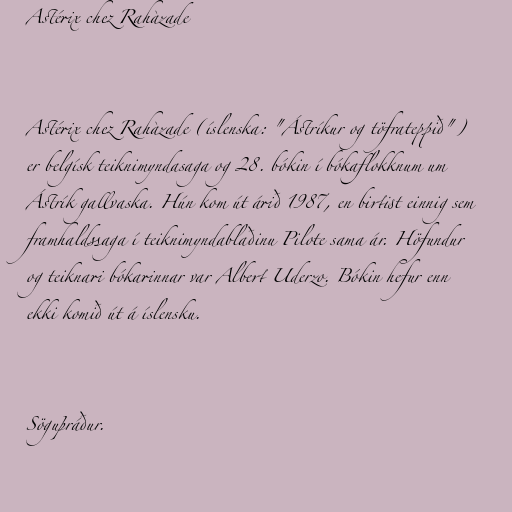
Astérix chez Rahàzade

Astérix chez Rahàzade (íslenska: "Ástríkur og töfrateppið")
er belgísk teiknimyndasaga og 28. bókin í bókaflokknum um
Ástrík gallvaska. Hún kom út árið 1987, en birtist einnig sem
framhaldssaga í teiknimyndablaðinu Pilote sama ár. Höfundur
og teiknari bókarinnar var Albert Uderzo. Bókin hefur enn
ekki komið út á íslensku.

Söguþráður.